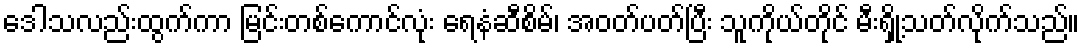
ဒေါသလည်းထွက်ကာ မြင်းတစ်ကောင်လုံး ရေနံဆီစိမ်၊ အဝတ်ပတ်ပြီး သူကိုယ်တိုင် မီးရှို့သတ်လိုက်သည်။